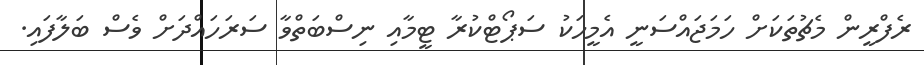
ރެފްރީން މެޗުތަކަށް ހަމަޖައްސަނީ އެމީހަކު ސަޕޯޓްކުރާ ޓީމާއި ނިސްބަތްވާ ސަރަހައްދަށް ވެސް ބަލާފައި.